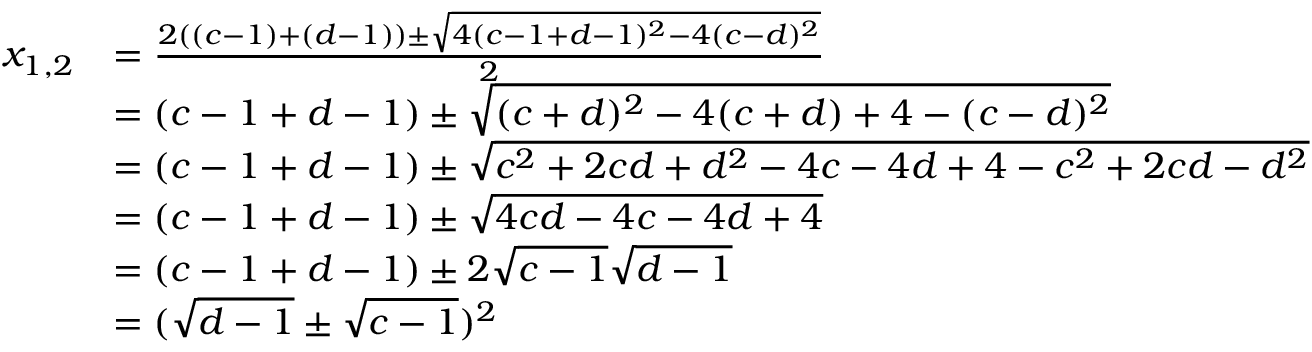
\begin{array} { r l } { x _ { 1 , 2 } } & { = \frac { 2 ( ( c - 1 ) + ( d - 1 ) ) \pm \sqrt { 4 ( c - 1 + d - 1 ) ^ { 2 } - 4 ( c - d ) ^ { 2 } } } { 2 } } \\ & { = ( c - 1 + d - 1 ) \pm \sqrt { ( c + d ) ^ { 2 } - 4 ( c + d ) + 4 - ( c - d ) ^ { 2 } } } \\ & { = ( c - 1 + d - 1 ) \pm \sqrt { c ^ { 2 } + 2 c d + d ^ { 2 } - 4 c - 4 d + 4 - c ^ { 2 } + 2 c d - d ^ { 2 } } } \\ & { = ( c - 1 + d - 1 ) \pm \sqrt { 4 c d - 4 c - 4 d + 4 } } \\ & { = ( c - 1 + d - 1 ) \pm 2 \sqrt { c - 1 } \sqrt { d - 1 } } \\ & { = ( \sqrt { d - 1 } \pm \sqrt { c - 1 } ) ^ { 2 } } \end{array}